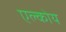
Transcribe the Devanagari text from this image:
एल्कोय